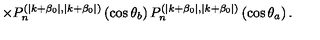
\times P _ { n } ^ { ( \mid k + \beta _ { 0 } \mid , \mid k + \beta _ { 0 } \mid ) } \left( \cos \theta _ { b } \right) P _ { n } ^ { ( \mid k + \beta _ { 0 } \mid , \mid k + \beta _ { 0 } \mid ) } \left( \cos \theta _ { a } \right) .